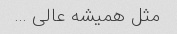
مثل همیشه عالی …